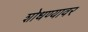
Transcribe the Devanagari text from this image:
शोधण्यावर